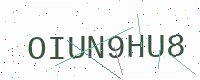
Text: OIUN9HU8